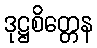
ဒုဋ္ဌစိတ္တေန